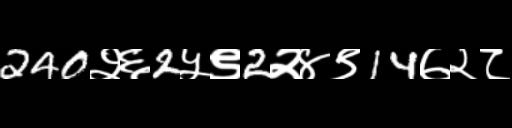
Text: 240२६2५९2२४९14७२८